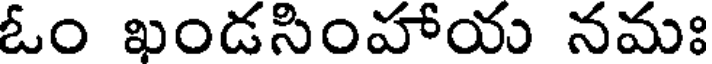
ఓం ఖండసింహాయ నమః